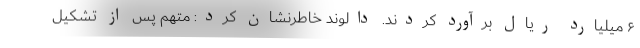
۶ میلیارد ریال برآورد کردند. دالوند خاطرنشان کرد: متهم پس از تشکیل